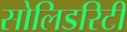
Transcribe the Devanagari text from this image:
सोलिडरिटी